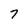
Character: 7